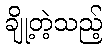
ချို့တဲ့သည့်